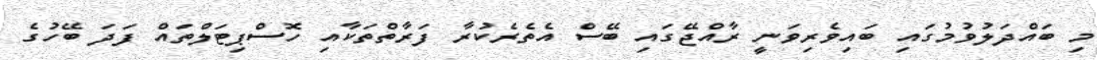
މި ބައްދަލުވުމުގައި ބައިވެރިވަނީ ރާއްޖޭގައި ބޭސް އެތެރެކުރާ ފަރާތްތަކާއި ހޮސްޕިޓަލްތައް ފަދަ ބޭހުގެ